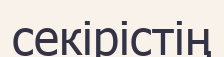
секірістің